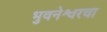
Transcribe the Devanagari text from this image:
भुवनेश्वरचा